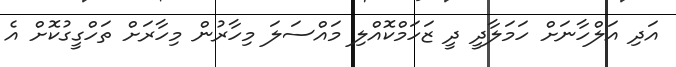
އަދި އަލްހާނަށް ހަމަލާދީ ދީ ޒަހަމްކޮއްލި މައްސަލަ މިހާރުން މިހާރަށް ތަހްގީގުކޮށް އެ